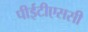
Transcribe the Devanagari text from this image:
पीईटीएससी